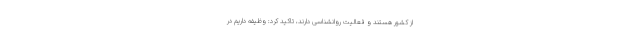
از کشور هستند و فعالیت روانشناسی دارند، تاکید کرد: وظیفه داریم در